Annual report on the working of the Harcourt Butler Institute of Public Health, Rangoon
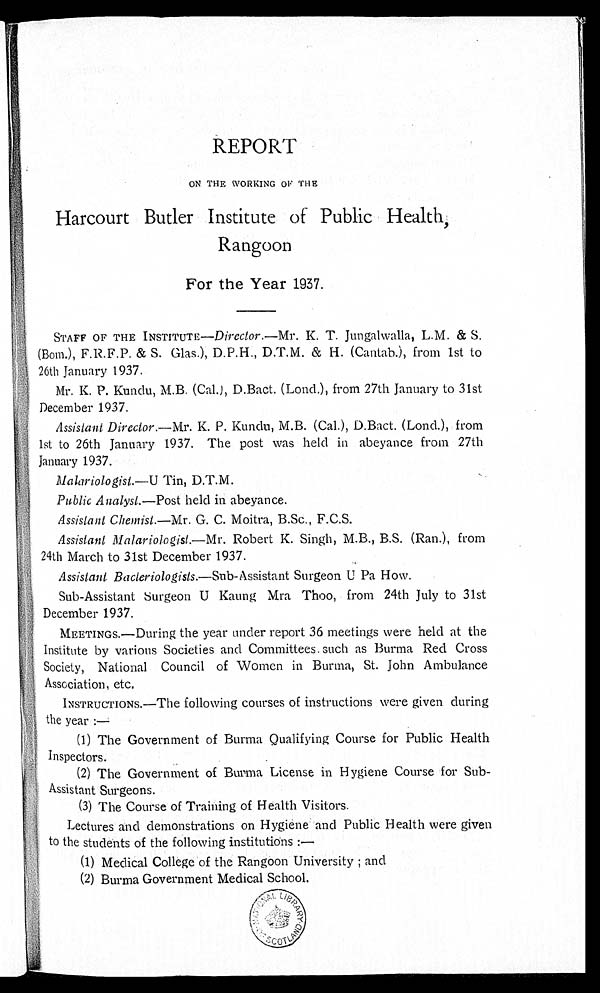
REPORT
ON THE WORKING OF THE
Harcourt Butler Institute of Public Health,
Rangoon
For the Year 1937.
STAFF OF THE INSTITUTE— Director.—Mr. K. T. Jungalwalla, & S.
(Bom.), F.R.F.P. & S. Glas.), D.P.H., D.T.M. & H. (Cantab.), from 1st to
26th January 1937.
Mr. K. P. Kundu, M.B. (Cal.), D.Bact. (Lond.), from 27th January to 31st
December 1937.
Assistant Director.— Mr. K. P. Kundu, M.B. (Cal.), D.Bact. (Lond.), from
1st to 26th January 1937. The post was held in abeyance from 27th
January 1937.
Malariologist. —U Tin, D.T.M.
Public Analyst. —Post held in abeyance.
Assistant Chemist. —Mr . G. C. Moitra, B.Sc., F.C.S.
Assistant Malariologist.—Mr. Robert K. Singh, M.B., B.S. (Ran.), from
24th March to 31st December 1937.
Assistant Bacteriologists. —Sub- Assistant Surgeon U Pa How.
Sub-Assistant Surgeon U Kaung Mra Thoo, from 24th July to 31st
December 1937.
MEETINGS.—During the year under report 36 meetings were held at the
Institute by various Societies and Committees such as Burma Red Cross
Society, National Council of Women in Burma, St. John Ambulance
Association, etc.
INSTRUCTIONS.—The following courses of instructions were given during
the year :—
(1) The Government of Burma Qualifying Course for Public Health
Inspectors.
(2) The Government of Burma License in Hygiene Course for Sub
-Assistant Surgeons.
(3) The Course of Training of Health Visitors.
Lectures and demonstrations on Hygiene and Public Health were given
to the students of the following institutions :—
(1) Medical College of the Rangoon University; and
(2) Burma Government Medical School.